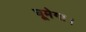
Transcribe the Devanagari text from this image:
घूमेगा।